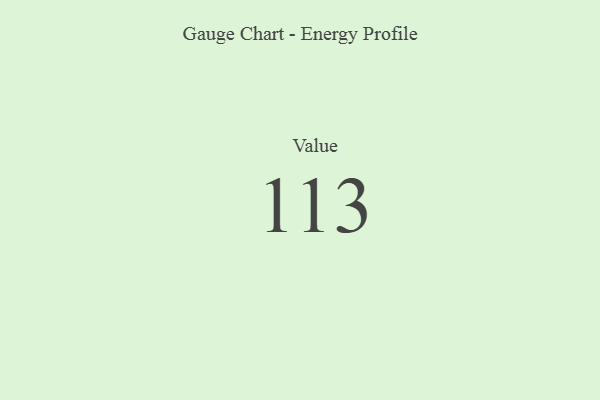
{"axis": {"x": "Metric", "y": "Value"}, "legend": [""], "data": [{"x": "Value", "y": 113, "type": ""}]}